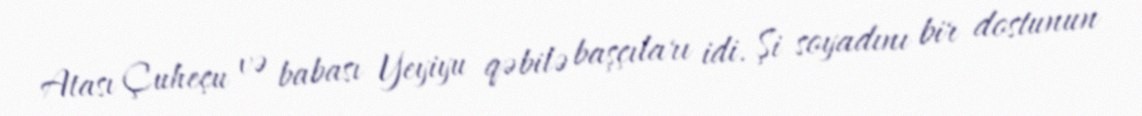
Atası Çuheçu və babası Yeyiyu qəbilə başçıları idi. Şi soyadını bir dostunun